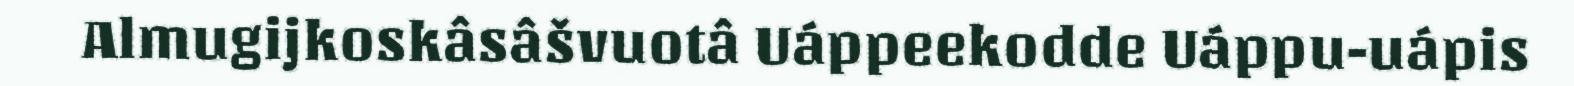
Almugijkoskâsâšvuotâ Uáppeekodde Uáppu-uápis